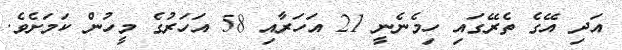
އަދި އޭގެ ތެރޭގައި ހިމެނެނީ 21 އަހަރާއި 58 އަހަރުގެ މީހުން ކަމަށެވެ.